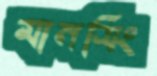
মানসিং